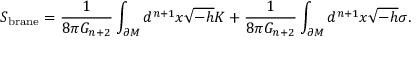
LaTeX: S _ { \mathrm { b r a n e } } = \frac { 1 } { 8 \pi G _ { n + 2 } } \int _ { \partial M } d ^ { n + 1 } x \sqrt { - h } K + \frac { 1 } { 8 \pi G _ { n + 2 } } \int _ { \partial M } d ^ { n + 1 } x \sqrt { - h } \sigma .